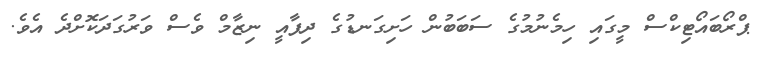
ޕްރޯބައޯޓިކްސް މީގައި ހިމެނުމުގެ ސަބަބުން ހަށިގަނޑުގެ ދިފާއީ ނިޒާމް ވެސް ވަރުގަދަކޮށްދެ އެވެ.